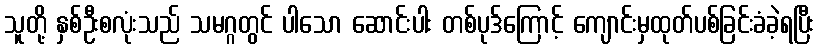
သူတို့ နှစ်ဦးစလုံးသည် သမဂ္ဂတွင် ပါသော ဆောင်းပါး တစ်ပုဒ်ကြောင့် ကျောင်းမှထုတ်ပစ်ခြင်းခံခဲ့ရပြီး